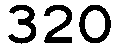
320